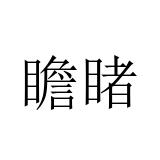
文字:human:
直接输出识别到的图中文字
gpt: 瞻睹